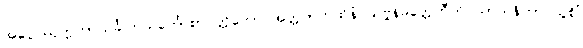
အပ္ပေါဿုက္ကတာသင်္ခါတသင်္ကောစာပတ္တိတော အတ္ထတကထိနံ သဗ္ဗနိမိတ္တေဟီတိ သာသနိကာ သူစိံ